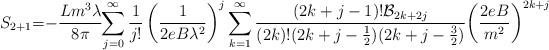
LaTeX: \begin{align*}S_{2+1}\hskip -3pt=\hskip-3pt -\frac{Lm^{3} \lambda}{8\pi}\hskip -3pt\sum_{j=0}^{\infty }\frac{1}{j!}\left(\frac{1}{2eB\lambda ^{2}}\right) ^{j}\sum_{k=1}^{\infty}\frac{(2k+j-1)!{\cal B}_{2k+2j}}{(2k)!(2k+j-\frac{1}{2})(2k+j-\frac{3}{2})}\hskip -2pt \left(\frac{2eB}{m^{2}}\right)^{2k+j}\end{align*}